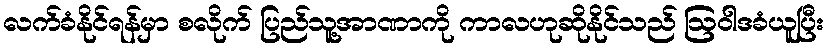
လက်ခံနိုင်ရန်မှာ စလိုက် ပြည်သူ့အာဏာကို ကာလဟုဆိုနိုင်သည် ဩဝါဒခံယူပြီး